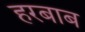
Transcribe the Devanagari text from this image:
हरबाब